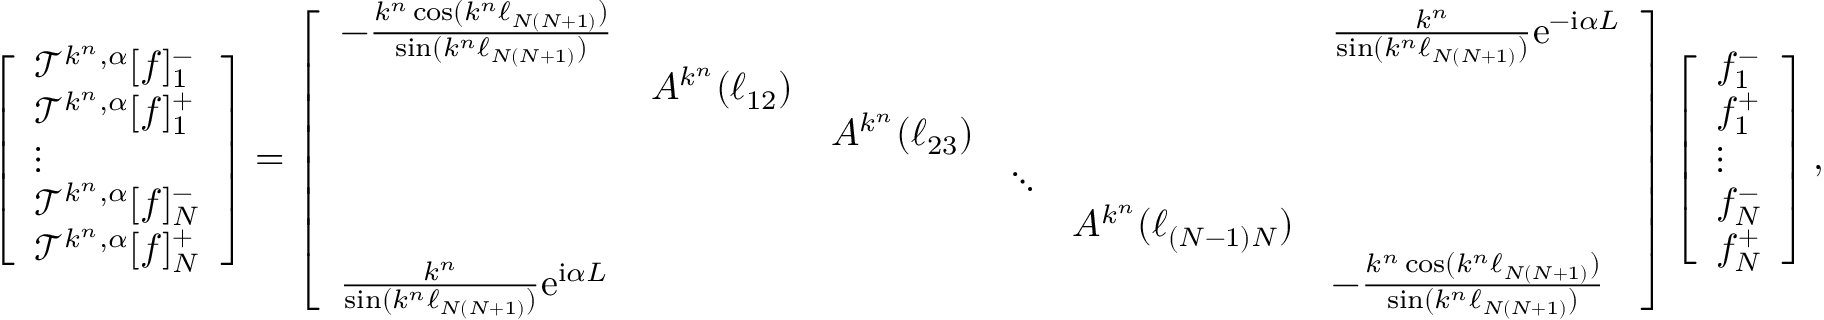
\left[ \begin{array} { l } { \mathcal { T } ^ { k ^ { n } , \alpha } [ f ] _ { 1 } ^ { - } } \\ { \mathcal { T } ^ { k ^ { n } , \alpha } [ f ] _ { 1 } ^ { + } } \\ { \vdots } \\ { \mathcal { T } ^ { k ^ { n } , \alpha } [ f ] _ { N } ^ { - } } \\ { \mathcal { T } ^ { k ^ { n } , \alpha } [ f ] _ { N } ^ { + } } \end{array} \right] = \left[ \begin{array} { l l l l l l } { - \frac { k ^ { n } \cos ( k ^ { n } \ell _ { N ( N + 1 ) } ) } { \sin ( k ^ { n } \ell _ { N ( N + 1 ) } ) } } & & & & & { \frac { k ^ { n } } { \sin ( k ^ { n } \ell _ { N ( N + 1 ) } ) } \mathrm { e } ^ { - \mathrm { i } \alpha L } } \\ & { A ^ { k ^ { n } } ( \ell _ { 1 2 } ) } & & & & \\ & & { A ^ { k ^ { n } } ( \ell _ { 2 3 } ) } & & & \\ & & & { \ddots } & & \\ & & & & { A ^ { k ^ { n } } ( \ell _ { ( N - 1 ) N } ) } & \\ { \frac { k ^ { n } } { \sin ( k ^ { n } \ell _ { N ( N + 1 ) } ) } \mathrm { e } ^ { \mathrm { i } \alpha L } } & & & & & { - \frac { k ^ { n } \cos ( k ^ { n } \ell _ { N ( N + 1 ) } ) } { \sin ( k ^ { n } \ell _ { N ( N + 1 ) } ) } } \end{array} \right] \left[ \begin{array} { l } { f _ { 1 } ^ { - } } \\ { f _ { 1 } ^ { + } } \\ { \vdots } \\ { f _ { N } ^ { - } } \\ { f _ { N } ^ { + } } \end{array} \right] ,